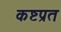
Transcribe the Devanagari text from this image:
कष्टप्रत